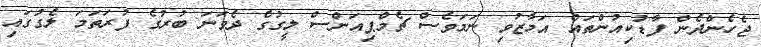
ޖެހެންދެން ފާޑުކިއުންތައް އަމާޒުވި ނަމަވެސް ޗެމްޕިއަންސް ލީގުގެ ދެވަނަ ބުރުގެ ފުރަތަމަ ލެގުގައި